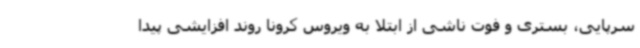
سرپایی، بستری و فوت ناشی از ابتلا به ویروس کرونا روند افزایشی پیدا